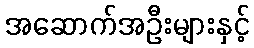
အဆောက်အဦးများနှင့်